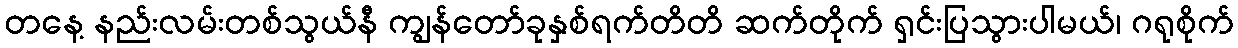
တနေ့ နည်းလမ်းတစ်သွယ်နီ ကျွန်တော်ခုနှစ်ရက်တိတိ ဆက်တိုက် ရှင်းပြသွားပါမယ်၊ ဂရုစိုက်